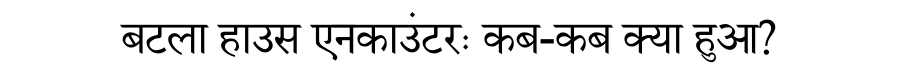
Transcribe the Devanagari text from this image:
बटला हाउस एनकाउंटरः कब-कब क्या हुआ?